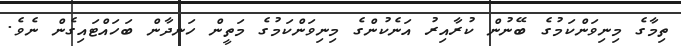
ތިމާގެ މިނިވަންކަމުގެ ބޭނުން ކުރާއިރު އަނެކުންގެ މިނިވަންކަމުގެ މަތީން ހަނދާން ބަހައްޓައިގެން ނެވެ.